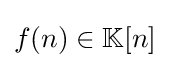
{\textstyle f(n)\in \mathbb {K} [n]}